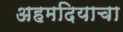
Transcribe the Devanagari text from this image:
अहमदियाचा